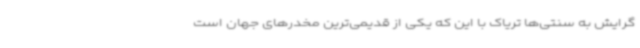
گرایش به سنتی‌ها تریاک با این که یکی از قدیمی‌ترین مخدرهای جهان است